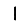
Digit: 1